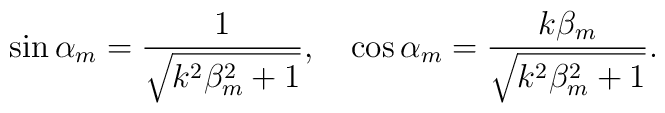
\sin \alpha _{m}=\frac{1}{\sqrt{k^{2}\beta _{m}^{2}+1}},\quad \cos \alpha_{m}=\frac{k\beta _{m}}{\sqrt{k^{2}\beta _{m}^{2}+1}}.